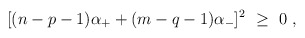
\begin{align*}[(n-p-1)\alpha_+ + (m-q-1)\alpha_-]^2\ \geq\ 0\ ,\end{align*}